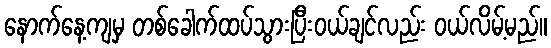
နောက်နေ့ကျမှ တစ်ခေါက်ထပ်သွားပြီးဝယ်ချင်လည်း ဝယ်လိမ့်မည်။